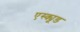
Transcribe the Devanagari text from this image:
एस्क्यूड